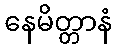
နေမိတ္တာနံ